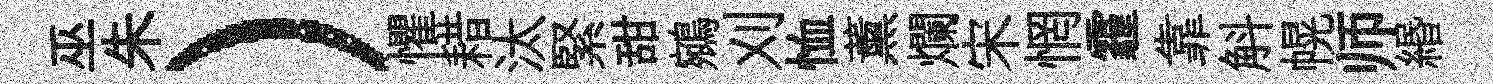
巫朱）懼耤汰緊甜鵷刈恤薰爛宋惘霾靠斛幌师緡